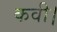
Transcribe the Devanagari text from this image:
कवी।